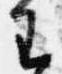
王